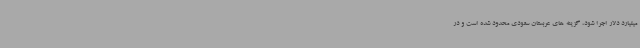
میلیارد دلار اجرا شود، گزینه های عربستان سعودی محدود شده است و در